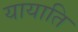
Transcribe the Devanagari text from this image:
यायाति